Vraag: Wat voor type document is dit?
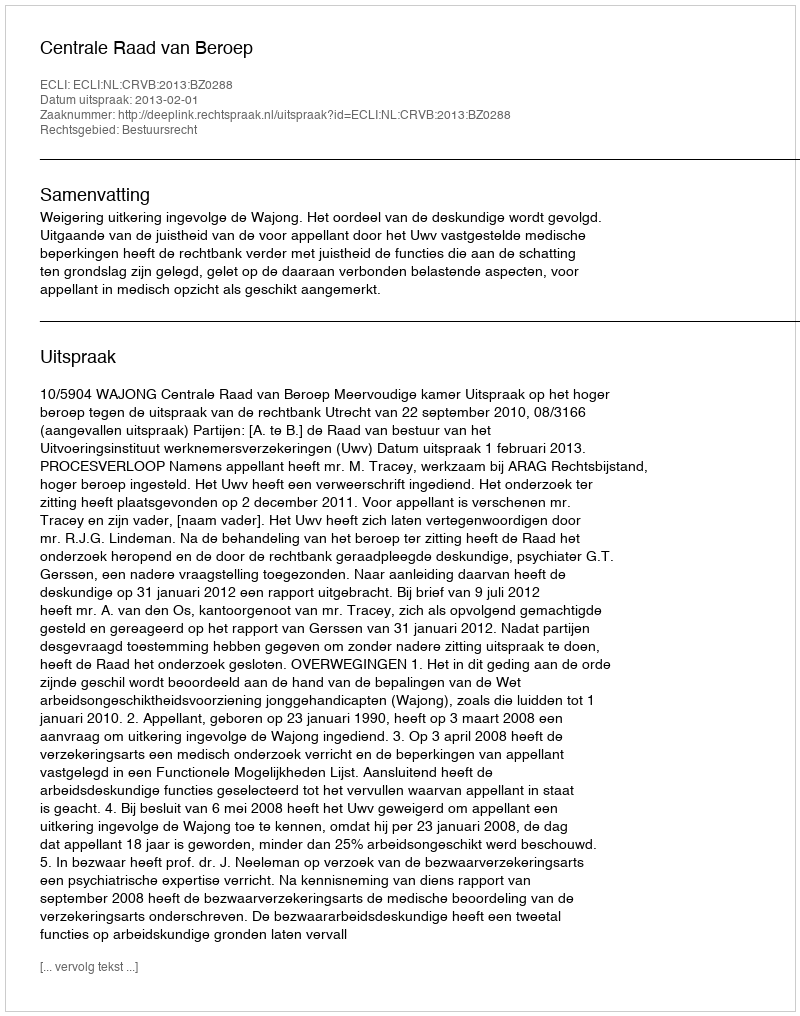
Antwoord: Uitspraak